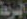
السريعة